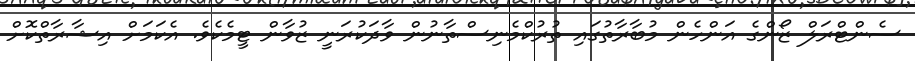
ސެންޓްރަލް ޒޯންގެ އަންހެން މުބާރާތުގައި ތުރުކްމެނިސްތާނުން ވާދަކުރަނީ ޒުވާން ޓީމެކެވެ. އެކަމަށް އިޝާރާތްކޮށް